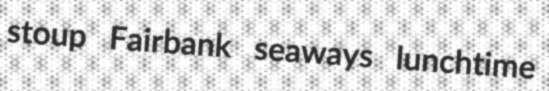
stoup Fairbank seaways lunchtime